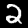
Digit: 2